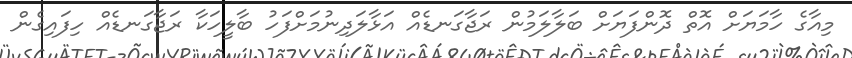
މިއާގެ ހާމަޔަށް އޮތް ދޮންފަޔަށް ބަލާލަމުން ރަޖާގަނޑެއް އަޅާލަދިނުމަށްފަހު ބާލީހަކާ ރަޖާގަނޑެއް ހިފައިގެން